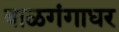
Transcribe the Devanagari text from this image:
बाळगंगाधर